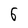
Character: 6